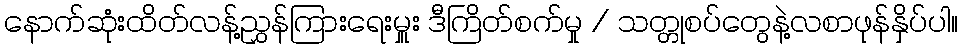
နောက်ဆုံးထိတ်လန့်ညွှန်ကြားရေးမှူး ဒီကြိတ်စက်မှု / သတ္တုစပ်တွေနဲ့လစာဖုန်နှိပ်ပါ။